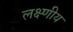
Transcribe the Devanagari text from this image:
लक्ष्णीय